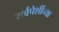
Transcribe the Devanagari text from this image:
सर्वपेशींच्या